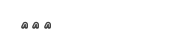
١٥٦